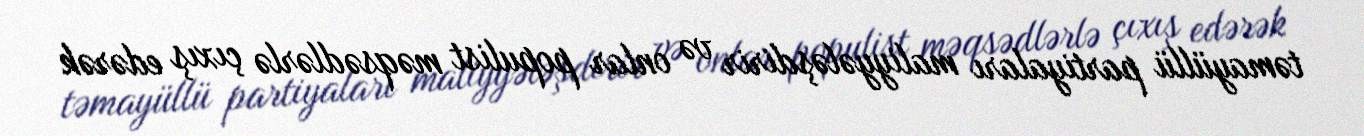
təmayüllü partiyaları maliyyələşdirir və onlar populist məqsədlərlə çıxış edərək